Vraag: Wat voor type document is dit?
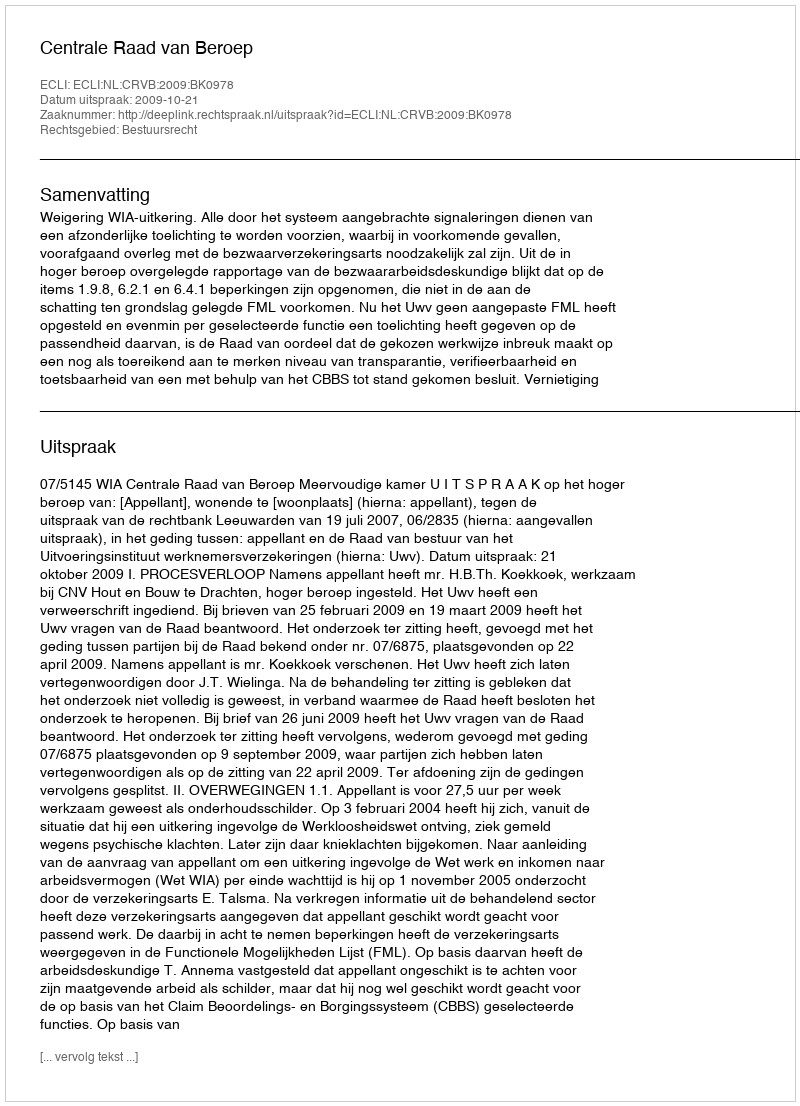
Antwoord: Uitspraak